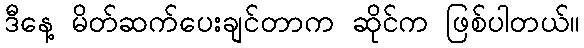
ဒီနေ့ မိတ်ဆက်ပေးချင်တာက ဆိုင်က ဖြစ်ပါတယ်။